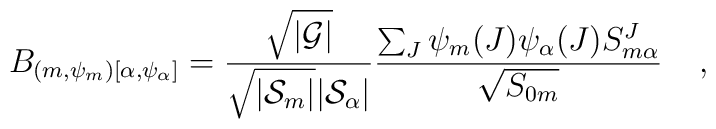
B_{(m, \psi_m)[\alpha, \psi_\alpha]} =  {\sqrt{|\cal G|} \over \sqrt{|{\cal S}_{m}|}|{\cal S}_{\alpha}|}{ \sum_J \psi_{m}(J) \psi_{\alpha}(J) {S}^J_{m\alpha} \over \sqrt{{S}_{0m}}} \;\;\;\; ,